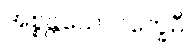
အစ္စန္တယောဂက္ခေမီ